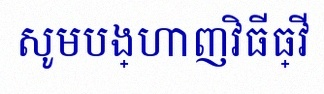
សូមបង្ហាញវិធីធ្វើ